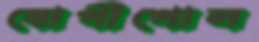
যোগীপোল